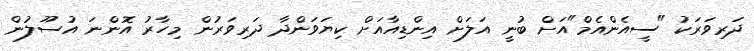
ދަރިވަރަކު "ސީއެންއެމް"އަށް ބުނީ އަލަށް އިންޑިއާއަށް ކިޔަވަންދާ ދަރިވަރުން މިހާރު އޮންނަ އުސޫލުން